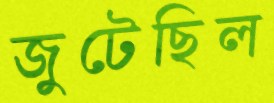
জুটেছিল